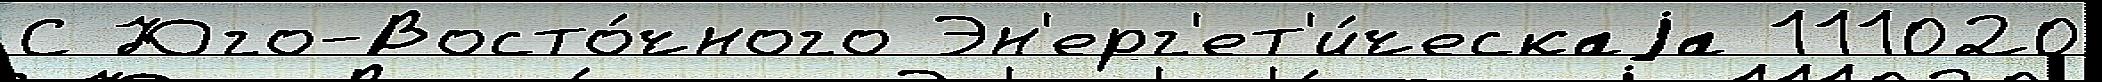
С Юго-Восто́чного Эн'ерг'ет'и́ческаjа 111020